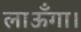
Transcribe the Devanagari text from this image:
लाऊँगा।